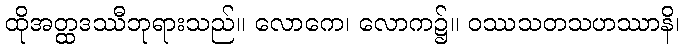
ထိုအတ္ထဒဿီဘုရားသည်။ လောကေ၊ လောက၌။ ဝဿသတသဟဿာနိ၊